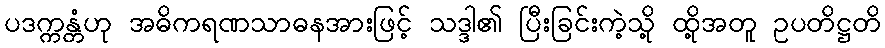
ပဒက္ကန္တံဟု အဓိကရဏသာဓနအားဖြင့် သဒ္ဒါ၏ ပြီးခြင်းကဲ့သို့ ထို့အတူ ဥပတိဋ္ဌတိ